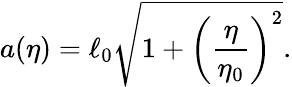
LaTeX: a(\eta)=\ell_{0}\sqrt{1+\biggl(\frac{\eta}{\eta_{0}}\biggr)^{2}}.